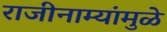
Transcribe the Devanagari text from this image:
राजीनाम्यांमुळे